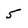
Character: 5